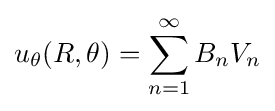
u_{\theta }(R,\theta )=\sum _{n=1}^{\infty }B_{n}V_{n}